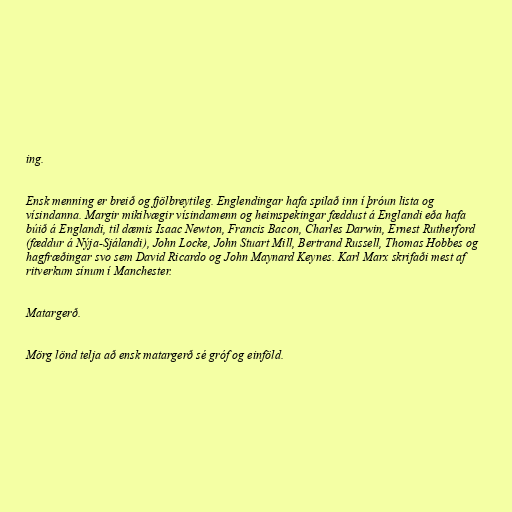
ing.

Ensk menning er breið og fjölbreytileg. Englendingar hafa spilað inn í þróun lista og
vísindanna. Margir mikilvægir vísindamenn og heimspekingar fæddust á Englandi eða hafa
búið á Englandi, til dæmis Isaac Newton, Francis Bacon, Charles Darwin, Ernest Rutherford
(fæddur á Nýja-Sjálandi), John Locke, John Stuart Mill, Bertrand Russell, Thomas Hobbes og
hagfræðingar svo sem David Ricardo og John Maynard Keynes. Karl Marx skrifaði mest af
ritverkum sínum í Manchester.

Matargerð.

Mörg lönd telja að ensk matargerð sé gróf og einföld.